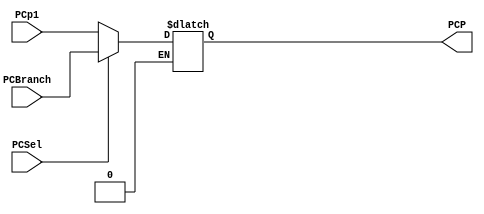
`timescale 1ns / 1ps
//////////////////////////////////////////////////////////////////////////////////
// Company: 
// Engineer: 
// 
// Design Name: 
// Module Name: PCMUX
// Project Name: 
// Target Devices: 
// Tool Versions: 
// Description: 
// 
// Dependencies: 
// 
// Revision:
// Revision 0.01 - File Created
// Additional Comments:
// 
//////////////////////////////////////////////////////////////////////////////////

/// PC MUX /// **Outputs PC'**
module PCMUX(
input PCSel,
input [31 : 0] PCp1, PCBranch,
output reg [31 : 0] PCP
);
   
   always @(*) begin
        
        //PCP uses the value of PCBranch if PCSel is 1
        if(PCSel == 1'b1)
            PCP <= PCBranch;
   
       
        //PCP uses the value of PCP1 if PCSel is zero
        else if(PCSel == 1'b0) begin
            PCP <= PCp1;
            end
    
   end// end always
    
endmodule